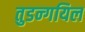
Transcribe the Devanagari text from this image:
तुडन्गयिल